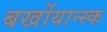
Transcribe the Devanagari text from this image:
बर्खोयान्स्क